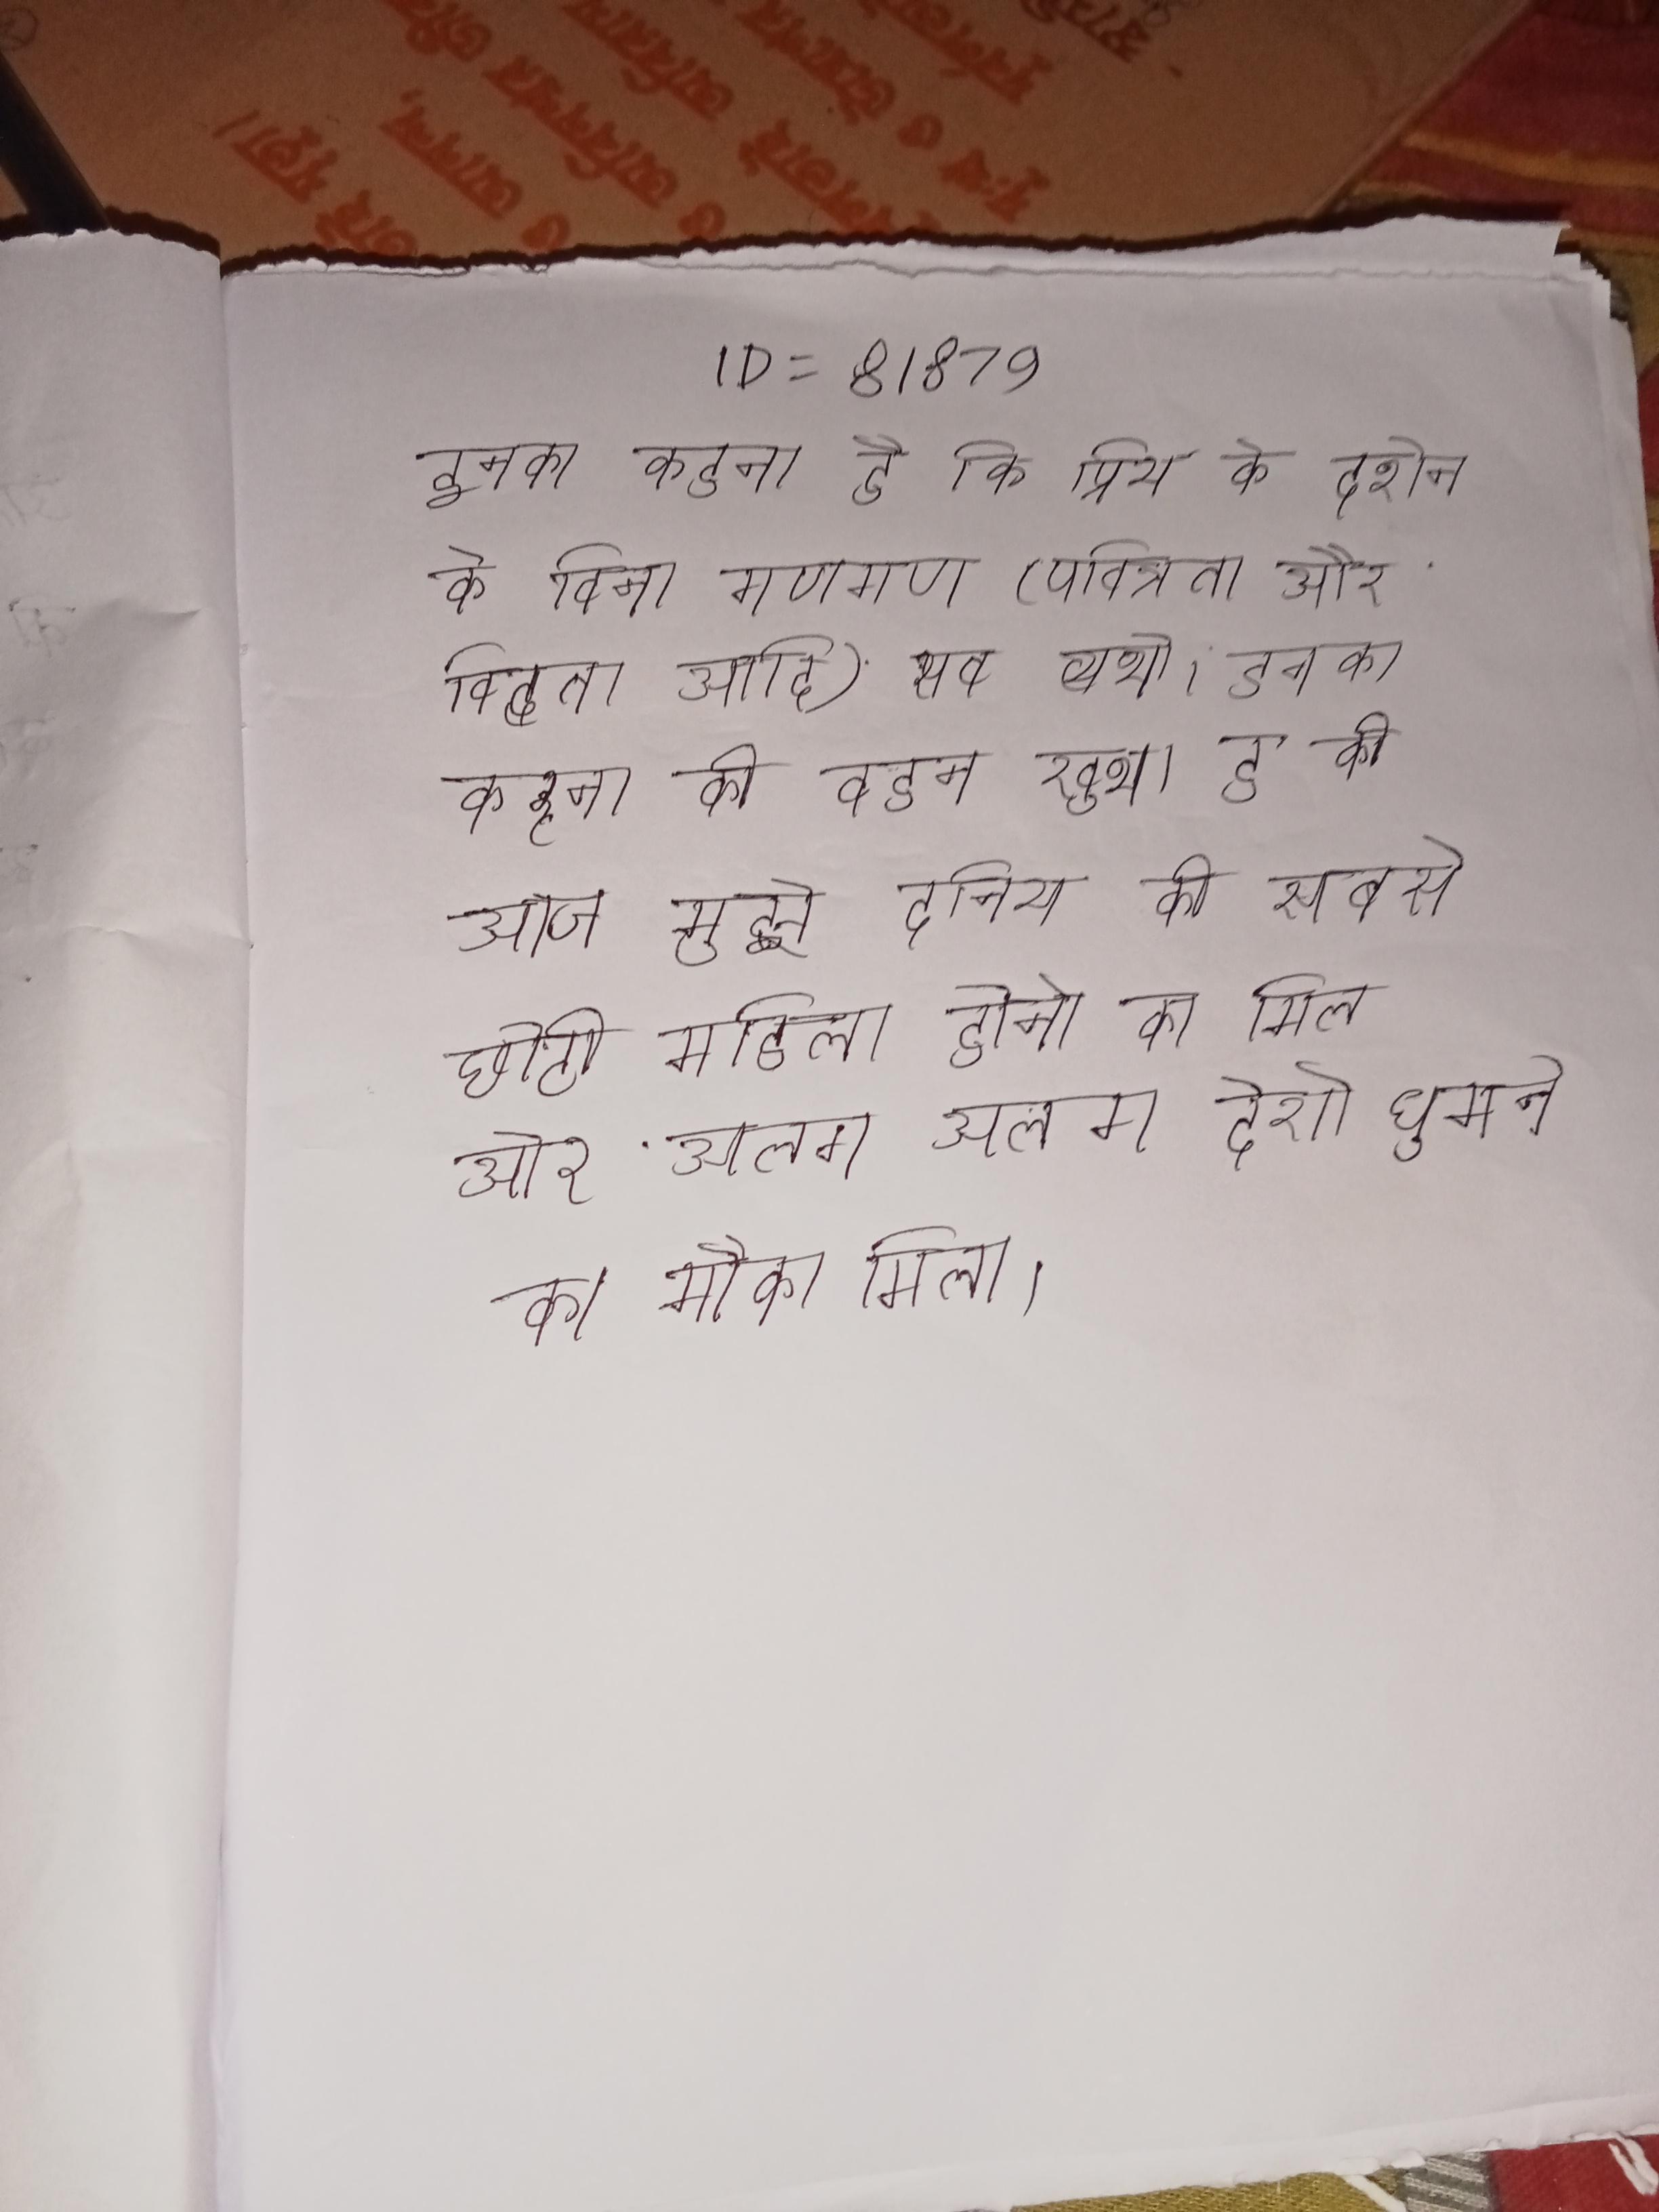
इनका कहना है कि प्रिय के दर्शन के बिना गुणगण (पवित्रता, और विद्वता आदि) सब व्यर्थ । इनका कहना की बहुत खुश हु की आज मुझे दुनिया की सबसे छोटी महिला होने का मिला और अलग अलग देशो घुमने का मौका मिला ।